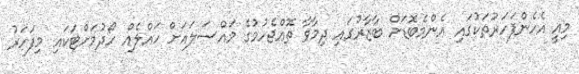
މިއީ އެހެންފަހަރުތަކުގައި އެންމެބޮޑަށް ބާޒާރުގައި ދިމާވާ ތޮއްޖެހުމުގެ މައްސަލައަށް ހައްލެއް ހޯދުމަށްޓަކައި މިފަހަރު